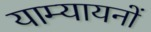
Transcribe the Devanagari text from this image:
याम्यायनों